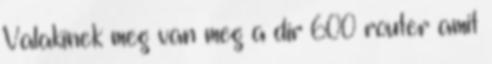
Valakinek meg van meg a dir 600 router amit